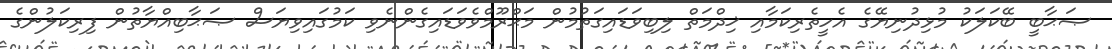
ޞަޙާބީ ބޭކަލަކު މުޅިދުނިޔޭގެ އެހީތެރިކަމާއި ޚިދްމަތް ލިބިވަޑައިގަތުމުން މަޙްރޫމްވެވަޑައިގެންނެވި ކަމުގައިވިޔަސް ޞަޙާބިއްޔާތުން ފިރިކަލުންގެ